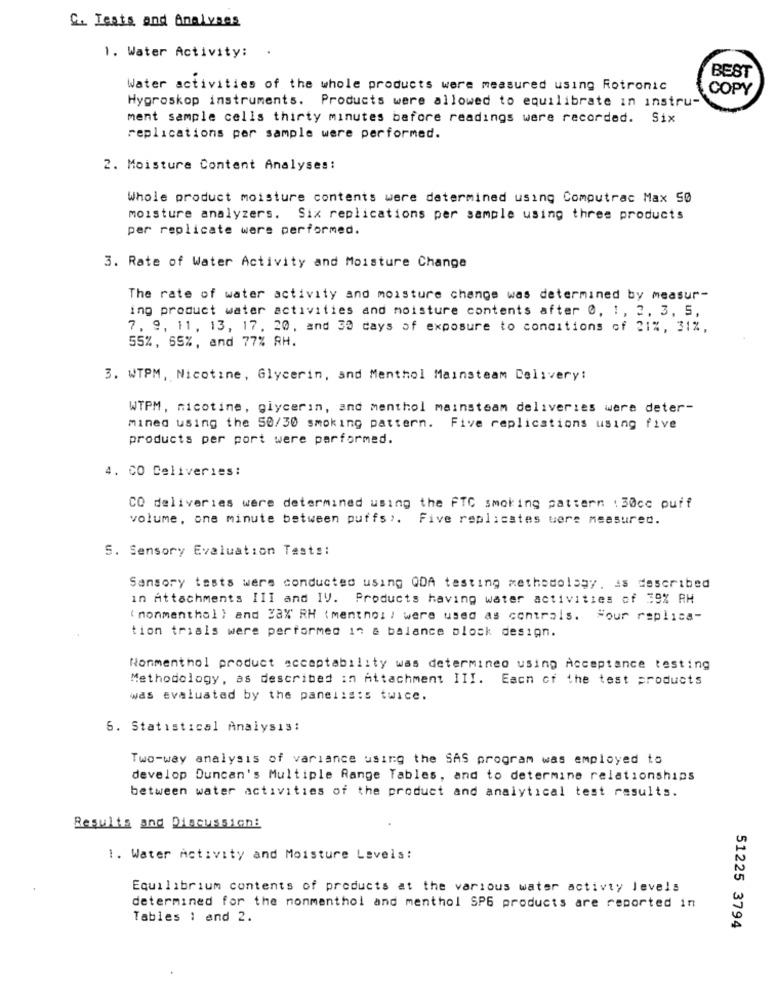
C. Tests and Analyses
1. Water Activity:
BEST
Water activities of the whole products were measured using Rotronic
COPY
Hygroskop instruments. Products were allowed to equilibrate in instru-
ment sample cells thirty minutes before readings were recorded. Six
replications per sample were performed.
2. Moisture Content Analyses:
Whole product moisture contents were determined using Computrac Max SØ
moisture analyzers. Six replications per sample using three products
per replicate were performed.
3. Rate of Water Activity and Moisture Change
The rate of water activity and moisture change was determined by measur-
ing product water activities and moisture contents after 0, 1, 2, 3, 5,
7, 9, 11, 13, 17. 20, and 30 days of exposure to conditions of 21%, 31%,
55%, 65%, and 77% RH.
3. WTPM, Nicotine, Glycerin, and Menthol Mainsteam Delivery:
WTPM, nicotine, glycerin, and menthol mainsteam deliveries were deter-
mined using the 50/30 smoking pattern. Five replications using five
products per port were performed.
4. CO Deliveries:
CO deliveries were determined using the FTC smoking pattern : 30cc puff
volume, one minute between puffs). Five replicates were measured.
S. Sensory Evaluation Tests:
Sansory tests were conducted using QDA testing methodology. As described
in Attachments III and IV. Products having water activities of 39% RH
(nonmenthol ) and 38% RH (menthol / were used as contrais. "our replica-
tion trials were performed in a balance block design.
Nonmenthol product acceptability was determined using Acceptance testing
Methodology, as described in Attachment III. Each of the test products
was Evaluated by the panelists twice.
5. Statistical Analysis:
Two-way analysis of variance using the SAS program was employed to
develop Duncan's Multiple Range Tables, and to determine relationships
between water activities of the product and analytical test results.
Results and Discussion:
1. Water Activity and Moisture Levels:
Equilibrium contents of products at the various water activty levels
determined for the nonmenthol and menthol SP6 products are reported in
Tables 1 and 2.
51225 3794